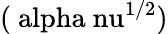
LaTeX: \mathrm{({\ alpha\ nu}^{1/2})}